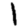
Digit: 1